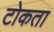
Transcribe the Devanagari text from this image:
टोकता